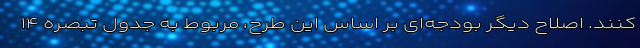
کنند. اصلاح دیگر بودجه‌ای بر اساس این طرح، مربوط به جدول تبصره ۱۴